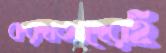
করদাতাদেরই